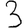
Digit: 3